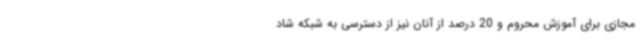
مجازی برای آموزش محروم و 20 درصد از آنان نیز از دسترسی به شبکه شاد